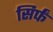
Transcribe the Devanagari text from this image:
सिर्फं